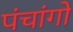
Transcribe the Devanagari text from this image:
पंचांगो